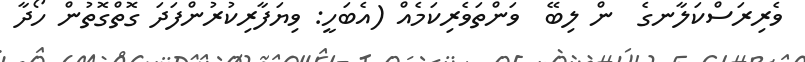
ވެރިރަސްކަލާނގެ  ން ލިބޭ  ވަންތަވެރިކަމެއް (އެބަހީ: ވިޔަަފާރިކުރުންފަދަ ގޮތްގޮތުން ހޯދާ